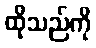
ထိုသည်ကို